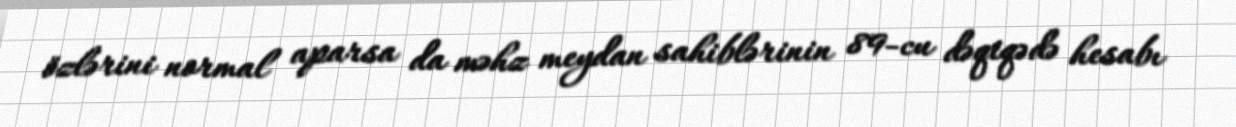
özlərini normal aparsa da məhz meydan sahiblərinin 89-cu dəqiqədə hesabı